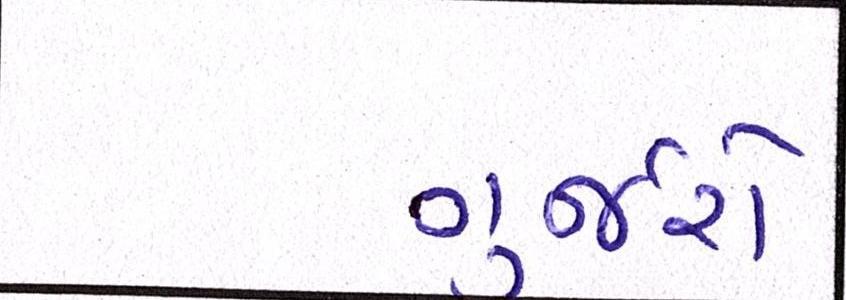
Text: ગુર્જરો